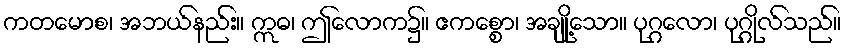
ကတမောစ၊ အဘယ်နည်း။ ဣဓ၊ ဤလောက၌။ ဧကစ္စော၊ အချို့သော။ ပုဂ္ဂလော၊ ပုဂ္ဂိုလ်သည်။